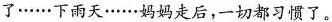
了……下雨天……妈妈走后，一切都习惯了。